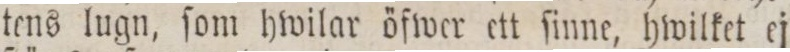
tens lugn, ſom hwilar öfwer ett ſinne, hwilket ej